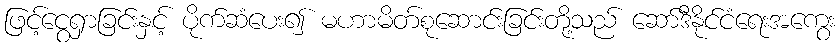
ဖြင့်ငွေရှာခြင်းနှင့် ပိုက်ဆံပေး၍ မဟာမိတ်စုဆောင်းခြင်းတို့သည် ဆော်ဒီနိုင်ငံရေးအကွေး